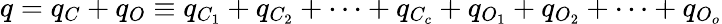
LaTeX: q=q_{C}+q_{O}\equiv q_{C_{1}}+q_{C_{2}}+\cdots+q_{C_{c}}+q_{O_{1}}+q_{O_{2}}+\cdots+q_{O_{o}}